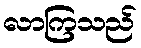
လာကြသည်